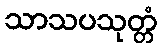
သာသပသုတ္တံ